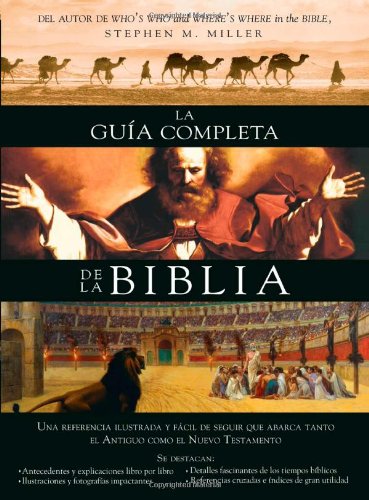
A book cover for La guÃ­a completa de la Biblia: Una referencia ilustrada y fÃ¡cil de seguir que abarca tanto el Antiguo como el Nuevo Testamento; Stephen M. Miller; Christian Books & Bibles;